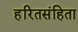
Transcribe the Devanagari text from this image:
हरितसंहिता